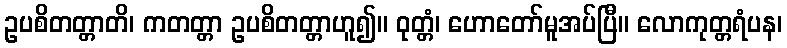
ဥပစိတတ္တာတိ၊ ကတတ္တာ ဥပစိတတ္တာဟူ၍။ ဝုတ္တံ၊ ဟောတော်မူအပ်ပြီ။ လောကုတ္တရံပန၊